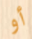
أو